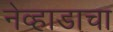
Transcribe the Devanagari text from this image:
नेव्हाडाचा